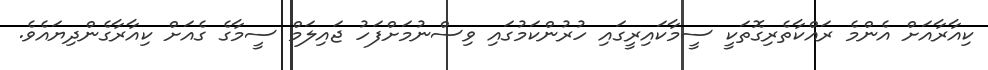
ކިއާރާއަށް އެންމެ ރައްކާތެރިގޮތަކީ ސީމާކައިރީގައި ހުރުންކަމުގައި ވިސްނުމަށްފަހު ޖައިލަމް ސީމާގެ ގެއަށް ކިއާރާގެންދިޔައެވެ.